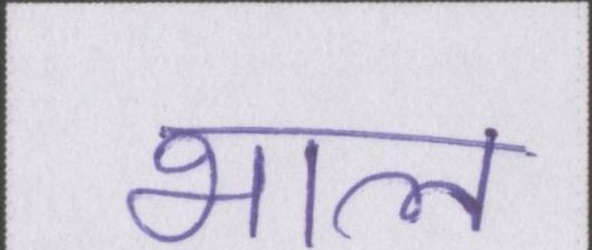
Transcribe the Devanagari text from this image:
भाल